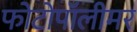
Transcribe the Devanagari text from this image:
फोटोपॉलीमर